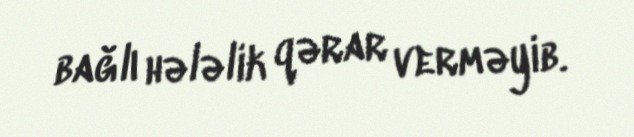
bağlı hələlik qərar verməyib.